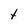
Character: t